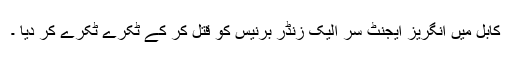
کابل میں انگریز ایجنٹ سر الیک زنڈر برنیس کو قتل کر کے ٹکرے ٹکرے کر دیا ۔